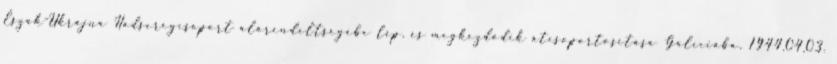
Észak-Ukrajna Hadseregcsoport alárendeltségébe lép, és megkezdõdik átcsoportosítása Galíciába. 1944.04.03.